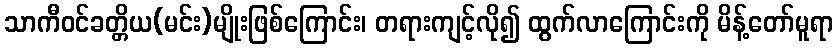
သာကီဝင်ခတ္တိယ(မင်း)မျိုးဖြစ်ကြောင်း၊ တရားကျင့်လို၍ ထွက်လာကြောင်းကို မိန့်တော်မူရာ